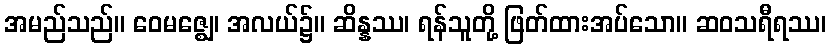
အမည်သည်။ ဝေမဇ္ဈေ၊ အလယ်၌။ ဆိန္နဿ၊ ရန်သူတို့ ဖြတ်ထားအပ်သော။ ဆဝသရီရဿ၊